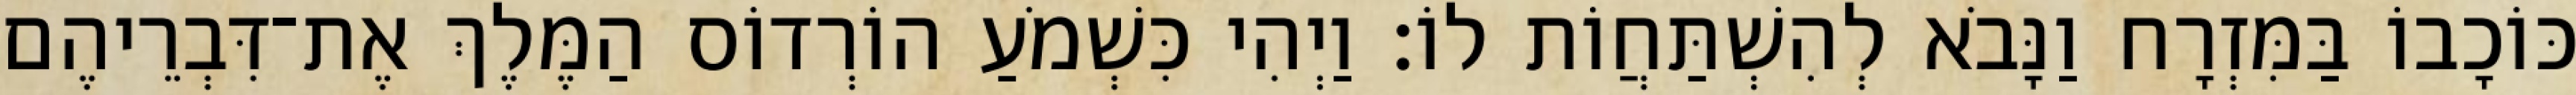
כּוֹכָבוֹ בַּמִּזְרָח וַנָּבֹא לְהִשְׁתַּחֲוֹת לוֹ׃ וַיְהִי כִּשְׁמֹעַ הוֹרְדוֹס הַמֶּלֶךְ אֶת־דִּבְרֵיהֶם